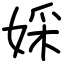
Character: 婇